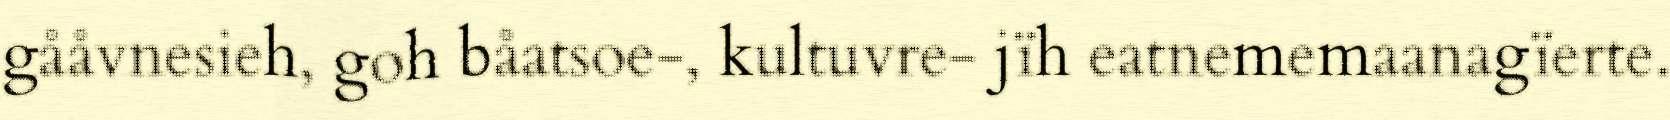
gååvnesieh, goh båatsoe-, kultuvre- jïh eatnememaanagïerte.